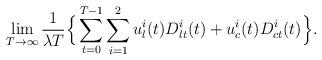
LaTeX: \begin{align*} \lim_{T\to\infty} \frac{1}{\lambda T} \Big\{\sum_{t=0}^{T-1}\sum_{i=1}^{2}u_l^i(t) D_{lt}^i (t)+u_c^i (t) D_{ct}^i (t)\Big\}.\end{align*}